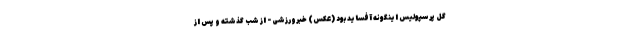
گل پرسپولیس اینگونه آفساید بود (عکس) خبرورزشی - از شب گذشته و پس از